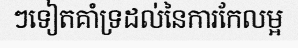
ៗទៀតគាំទ្រដល់នៃការកែលម្អ